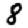
Digit: 8